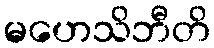
မဟေသိဘီတိ